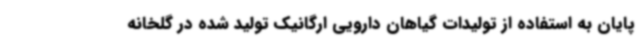
پایان به استفاده از تولیدات گیاهان دارویی ارگانیک تولید شده در گلخانه